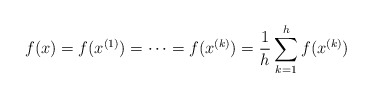
\begin{align*} f(x)=f(x^{(1)})=\cdots = f(x^{(k)}) =\frac{1}{h}\sum_{k=1}^{h} f(x^{(k)})\end{align*}